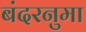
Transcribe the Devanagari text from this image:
बंदरनुमा